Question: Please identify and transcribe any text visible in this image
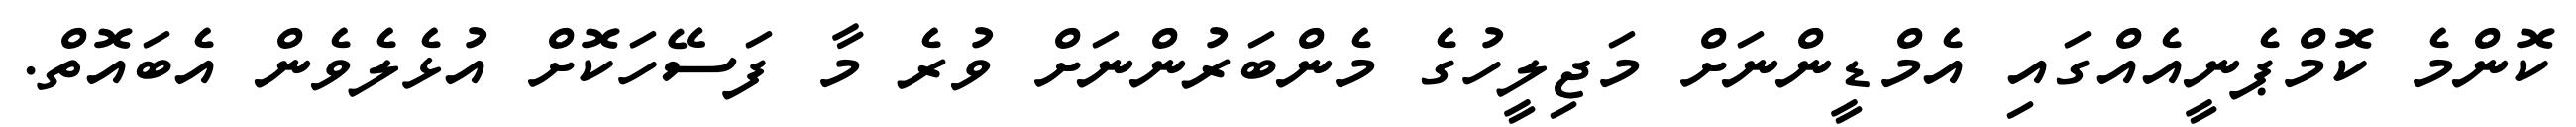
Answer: ކޮންމެ ކޮމްޕެނީއެއްގައި އެމްޑީންނަށް މަޖިލީހުގެ މެންބަރުންނަށް ވުރެ މާ ފަސޭހަކޮށް އުޅެލެވެން އެބައޮތް.